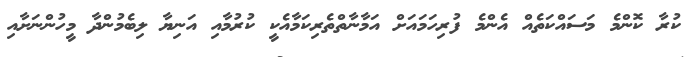
ކުރާ ކޮންމެ މަސައްކަތެއް އެންމެ ފުރިހަމައަށް އަމާނާތްތެރިކަމާއެކީ ކުރުމާއި އަނިޔާ ލިބެމުންދާ މީހުންނަށާއި